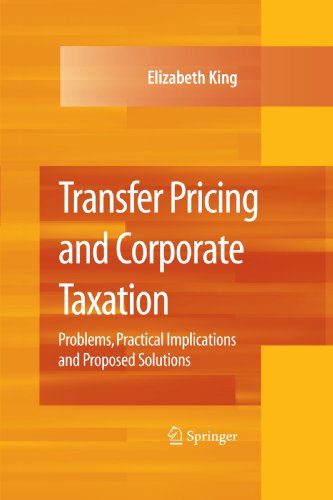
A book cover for Transfer Pricing and Corporate Taxation: Problems, Practical Implications and Proposed Solutions; Elizabeth King; Law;